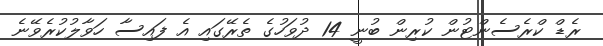
ރެޑް ކްރެސެންޓުން ކުރިން ބުނީ 14 ދުވަހުގެ ތެރޭގައި އެ ފައިސާ ހަވާލުުކުރެވޭނެ